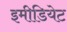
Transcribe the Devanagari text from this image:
इमीडियेट